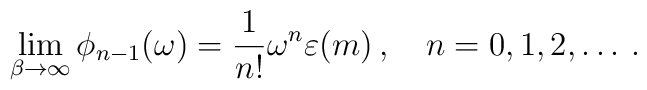
\lim_{\beta\to\infty}\phi_{n-1}(\omega) =\frac{1}{n!}\omega^{n}\varepsilon(m)\,,\quad n=0,1,2,\dots \,.